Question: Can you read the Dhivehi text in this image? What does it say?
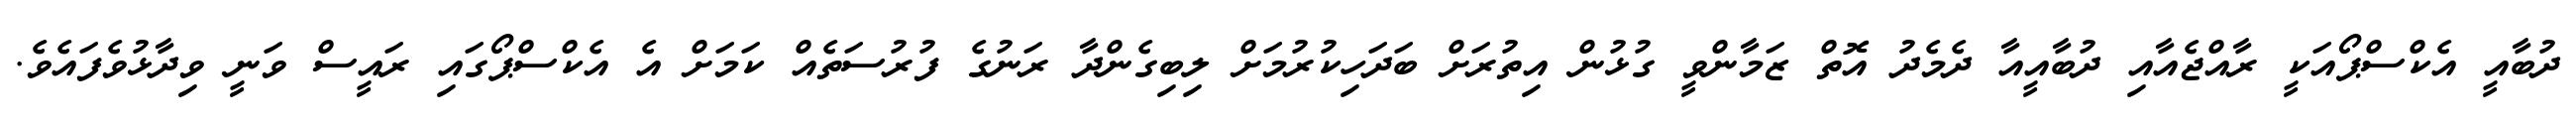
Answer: ދުބާއީ އެކްސްޕޯއަކީ ރާއްޖެއާއި ދުބާއީއާ ދެމެދު އޮތް ޒަމާންވީ ގުޅުން އިތުރަށް ބަދަހިކުރުމަށް ލިބިގެންދާ ރަނުގެ ފުރުސަތެއް ކަމަށް އެ އެކްސްޕޯގައި ރައީސް ވަނީ ވިދާޅުވެފައެވެ.